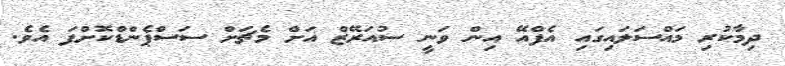
ދިމާކުރި މައްސަލައިގައި އެފްއޭ އިން ވަނީ ސުއަރޭޒް އަށް މެޗަށް ސަސްޕެންޑްކޮށްފަ އެވެ.